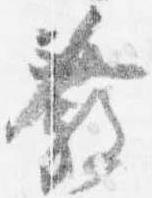
発